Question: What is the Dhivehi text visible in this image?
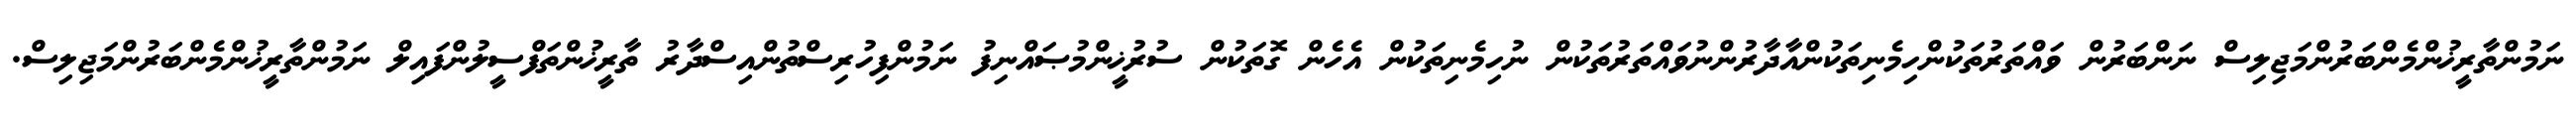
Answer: ނަމުންތާރީޚުންމެންބަރުންމަޖިލިސް ނަންބަރުން ވައްތަރުތަކުންހިމެނިތަކުންއާދާރުންނުވައްތަރުތަކުން ނުހިމެނިތަކުން އެހެން ގޮތަކުން ސުރުޚީންމުޞައްނިފު ނަމުންފިހުރިސްތުންއިސްދާރު ތާރީޚުންތަފްސީލުންފައިލް ނަމުންތާރީޚުންމެންބަރުންމަޖިލިސް.